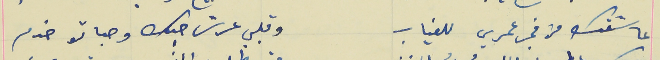
عاشقك من فجر عمري للغياب                                          وقلبي عرش حبك وصباتو خدم